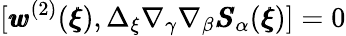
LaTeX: [{\pmb w}^{(2)}({\pmb\xi}),\Delta_{\xi}\nabla_{\gamma}\nabla_{\beta}{\pmb S}_{\alpha}({\pmb\xi})]=0